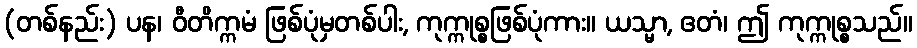
(တစ်နည်း) ပန၊ ဝီတိက္ကမံ ဖြစ်ပုံမှတစ်ပါး, ကုက္ကုစ္စဖြစ်ပုံကား။ ယသ္မာ, ဧတံ၊ ဤ ကုက္ကုစ္စသည်။